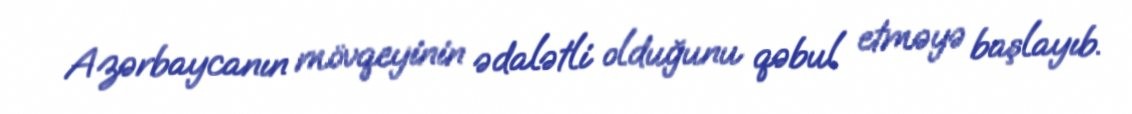
Azərbaycanın mövqeyinin ədalətli olduğunu qəbul etməyə başlayıb.